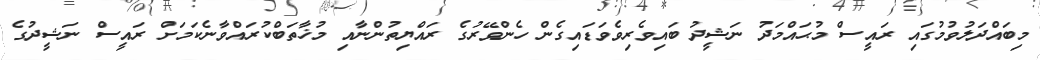
މިބައްދަލުވުމުގައި ރައީސް މުޙައްމަދު ނަޝީދު ބައިވެރިވެވަޑައިގެން ހެންވޭރުގެ ރައްޔިތުންނާއި މުޚާތަބްކުރައްވާނެކަމަށް ރައީސް ނަޝީދުގެ